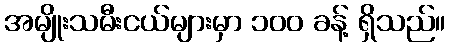
အမျိုးသမီးငယ်များမှာ ၁၀၀ ခန့် ရှိသည်။